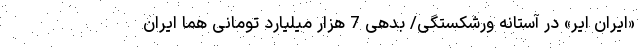
«ایران ایر» در آستانه ورشکستگی/ بدهی 7 هزار میلیارد تومانی هما ایران